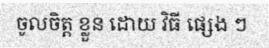
ចូលចិត្ត ខ្លួន ដោយ វិធី ផ្សេង ៗ